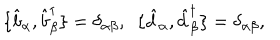
\{ \hat { b } _ { \alpha } , \hat { b } _ { \beta } ^ { \dagger } \} = \delta _ { \alpha \beta } , ~ ~ \{ \hat { d } _ { \alpha } , \hat { d } _ { \beta } ^ { \dagger } \} = \delta _ { \alpha \beta } ,